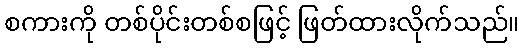
စကားကို တစ်ပိုင်းတစ်စဖြင့် ဖြတ်ထားလိုက်သည်။